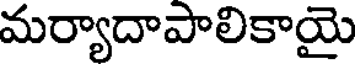
మర్యాదాపాలికాయై